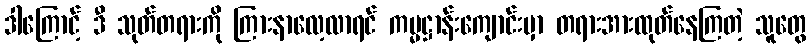
ဒါကြောင့် ဒီ သုတ်တရားကို ကြားနာလေ့လာရင် ကမ္မဋ္ဌာန်းကျောင်းမှာ တရားအားထုတ်နေကြတဲ့ သူတွေ